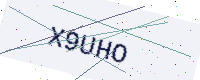
Text: X9UHO